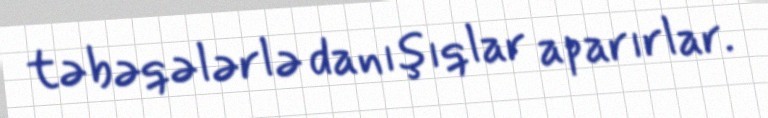
təbəqələrlə danışıqlar aparırlar.